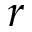
r